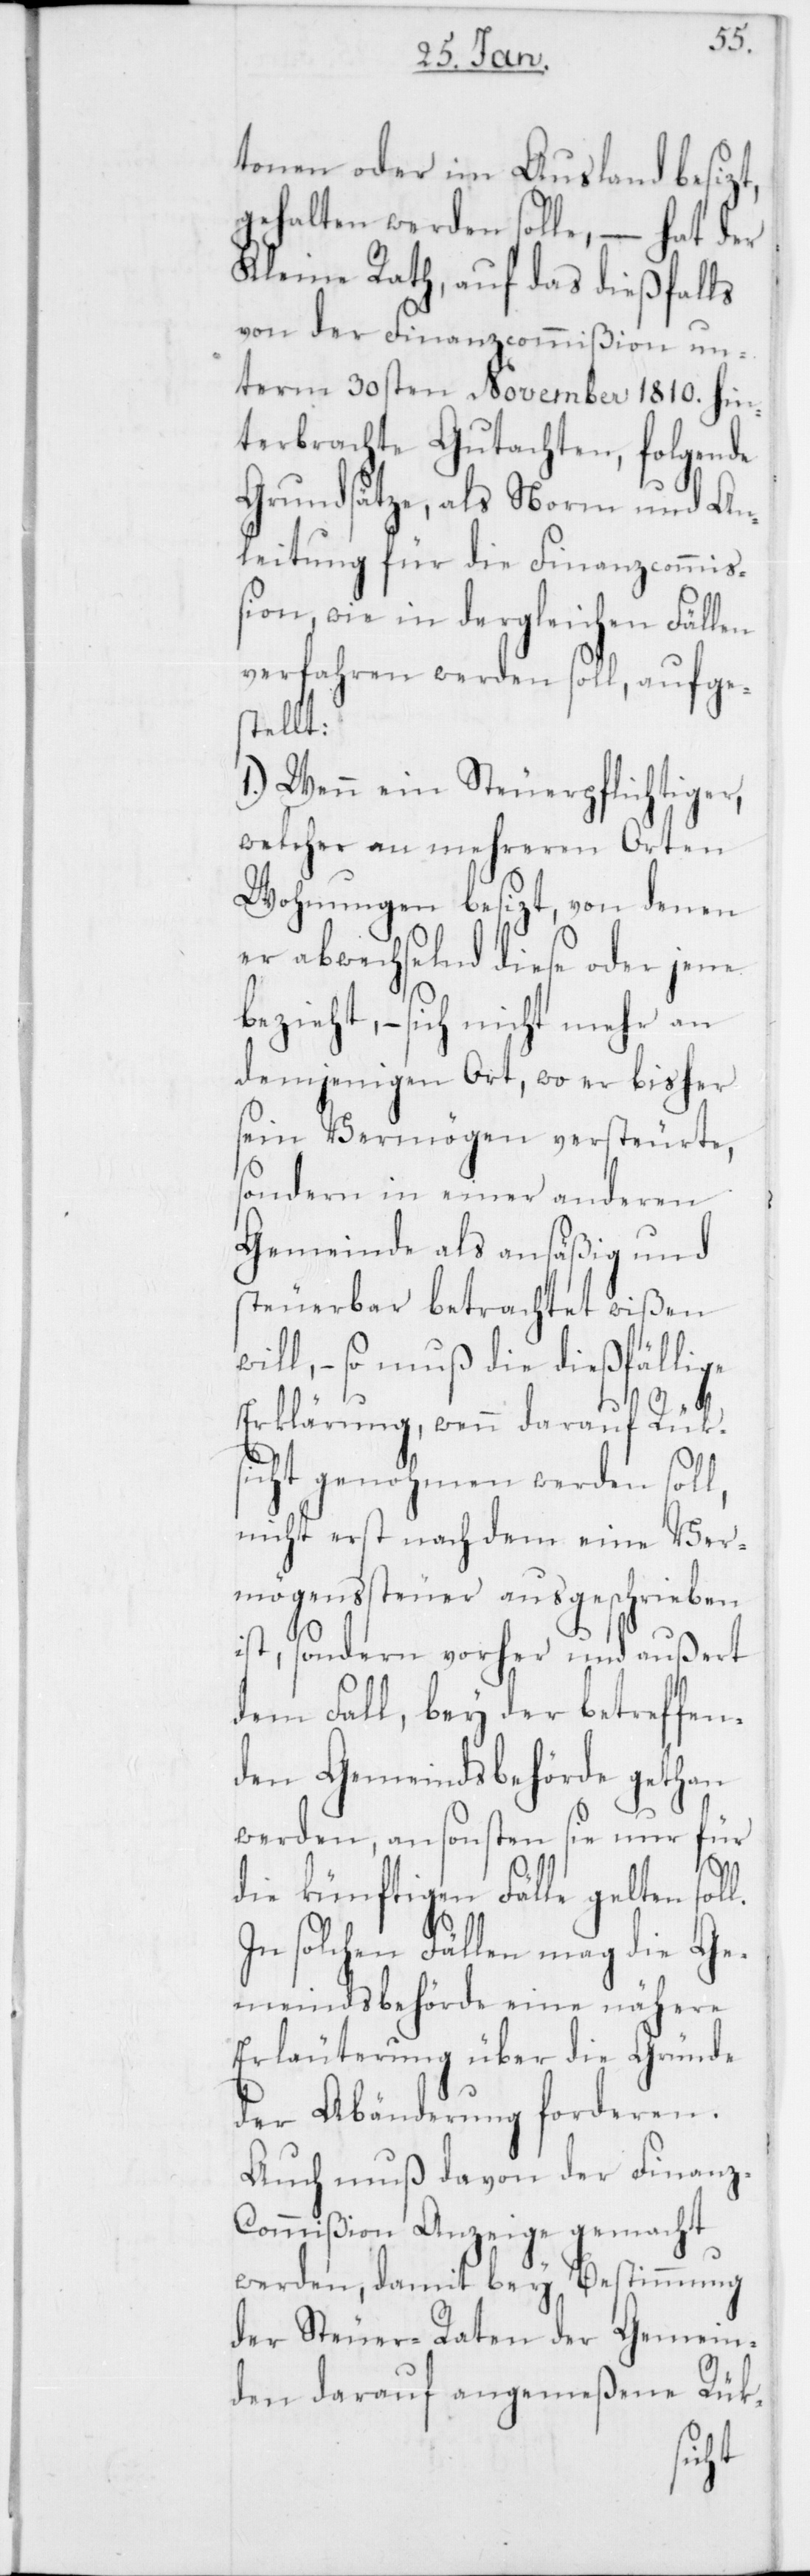
tonen oder im Ausland besizt,
gehalten werden solle, – hat der
Kleine Rath, auf das dießfalls
von der Finanzcommißion un¬
term 30sten November 1810. hin¬
terbrachte Gutachten, folgende
Grundsätze, als Norm und An¬
leitung für die Finanzcommiß¬
ion, wie in dergleichen Fällen
verfahren werden soll, aufge¬
stellt:
1.) Wenn ein Steuerpflichtiger,
welcher an mehreren Orten
Wohnungen besizt, von denen
er abwechselnd diese oder jene
bezieht, – sich nicht mehr an
demjenigen Ort, wo er bisher
sein Vermögen versteurte,
sondern in einer anderen
Gemeinde als ansäßig und
steuerbar betrachtet wißen
will, – so muß die dießfällige
Erklärung, wenn darauf Rük¬
sicht genohmen werden soll,
nicht erst nach dem eine Ver¬
mögenssteuer ausgeschrieben
ist, sondern vorher und außert
dem Fall, bey der betreffen¬
den Gemeindsbehörde gethan
werden, ansonsten sie nur für
die künftigen Fälle gelten soll.
In solchen Fällen mag die Ge¬
meindsbehörde eine nähere
Erläuterung über die Gründe
der Abänderung forderen.
Auch muß davon der Finanz-C¬
ommißion Anzeige gemacht
werden, damit bey Bestimmung
der Steuer-Raten der Gemein¬
den darauf angemeßene Rük-